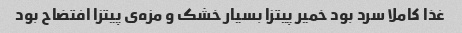
غذا کاملا سرد بود خمیر پیتزا بسیار خشک و مزه‌ی پیتزا افتضاح بود